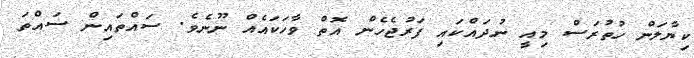
ކިޔާލަން ހުތުރަސް މިއީ ނުދައްކައި ފަރުޖެހެން އޮތް ވާހަކައެެއް ނޫނެވެ. ސައްތައިން ސައްތަ